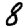
Digit: 8